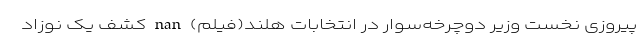
پیروزی نخست وزیر دوچرخه‌سوار در انتخابات هلند(فیلم) nan کشف یک نوزاد